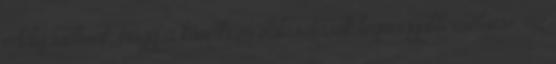
eddig tudtunk, hogy a következő választások legnagyobb esélyese, az